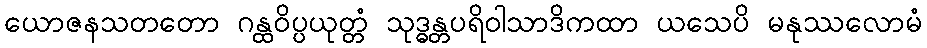
ယောဇနသတတော ဂန္ထဝိပ္ပယုတ္တံ သုဒ္ဓန္တပရိဝါသာဒိကထာ ယသေပိ မနုဿလောမံ